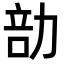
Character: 勏